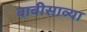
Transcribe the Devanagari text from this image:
बावीसाव्या